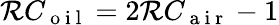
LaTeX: \mathcal{R}C_{\mathrm{{~o~i~l~}}}=2\mathcal{R}C_{\mathrm{{~a~i~r~}}}-1